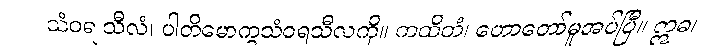
သံဝရ သီလံ၊ ပါတိမောက္ခသံဝရသီလကို။ ကထိတံ၊ ဟောတော်မူအပ်ပြီ။ ဣဓ၊